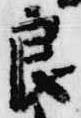
良